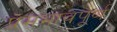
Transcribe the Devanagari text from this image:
प्रेमभावपूर्ण